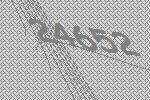
24652